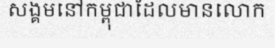
សង្គមនៅកម្ពុជាដែលមានលោក